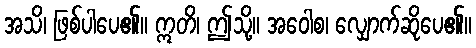
အသိ၊ ဖြစ်ပါပေ၏။ ဣတိ၊ ဤသို့။ အဝေါစ၊ လျှောက်ဆိုပေ၏။